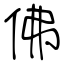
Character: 佛